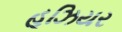
હૂઝિયર